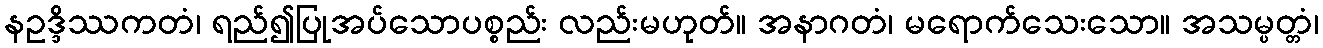
နဥဒ္ဒိဿကတံ၊ ရည်၍ပြုအပ်သောပစ္စည်း လည်းမဟုတ်။ အနာဂတံ၊ မရောက်သေးသော။ အသမ္ပတ္တံ၊